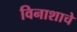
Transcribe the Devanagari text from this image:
विनाशाचे